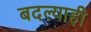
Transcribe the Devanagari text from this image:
बदल्याही